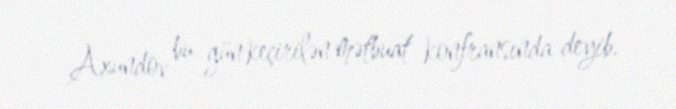
Axundov bu gün keçirilən mətbuat konfransında deyib.